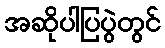
အဆိုပါပြပွဲတွင်